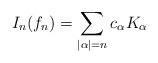
LaTeX: \begin{align*} I_n(f_n)=\sum_{|\alpha|=n}c_{\alpha}K_{\alpha}\end{align*}